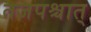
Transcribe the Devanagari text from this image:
तजपश्चात्